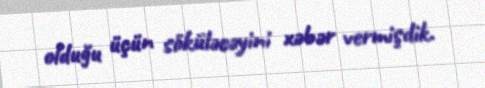
olduğu üçün söküləcəyini xəbər vermişdik.